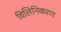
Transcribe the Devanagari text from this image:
विलिनिकरण